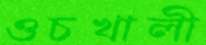
ওচখালী